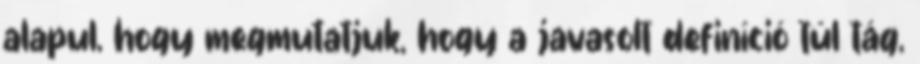
alapul, hogy megmutatjuk, hogy a javasolt definíció túl tág,